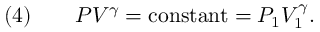
{ \mathrm { ( 4 ) } } \qquad P V ^ { \gamma } = { \mathrm { c o n s t a n t } } = P _ { 1 } V _ { 1 } ^ { \gamma } .